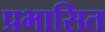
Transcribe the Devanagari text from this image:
प्रभासित